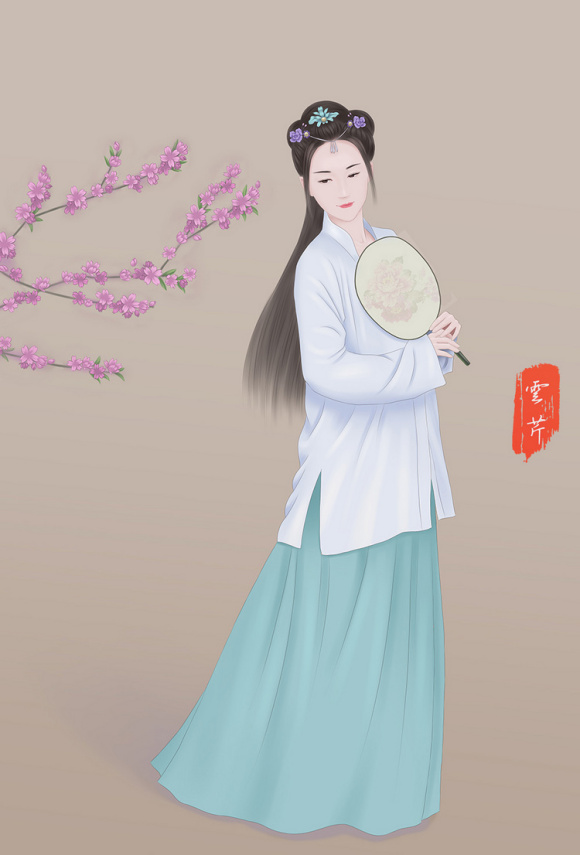
云淡风高叶乱飞，小庭寒雨绿苔微，深闺人静掩屏帷。